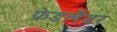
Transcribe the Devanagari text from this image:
फ्रेडलैंडर